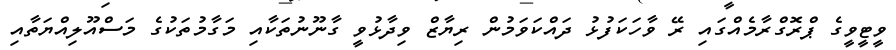
ވީޓީވީގެ ޕްރޮގްރާމެއްގައި ރޭ ވާހަކަފުޅު ދައްކަވަމުން ރިޔާޒް ވިދާޅުވީ ގާނޫނުތަކާއި މަގާމުތަކުގެ މަސްއޫލިއްޔަތާއި